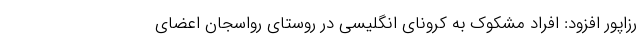
رزاپور افزود: افراد مشکوک به کرونای انگلیسی در روستای رواسجان اعضای